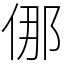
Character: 㑚